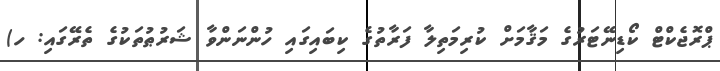
ޕްރޮޖެކްޓް ކޯޑިނޭޓަރުގެ މަޤާމަށް ކުރިމަތިލާ ފަރާތުގެ ކިބައިގައި ހުންނަންވާ ޝަރުޠުތަކުގެ ތެރޭގައި: ހ)